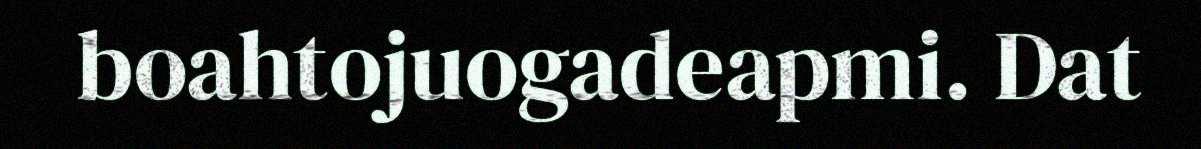
boahtojuogadeapmi. Dat